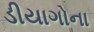
ડીયાગોના